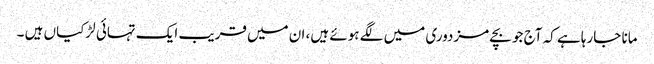
مانا جارہا ہے کہ آج جو بچے مزدوری میں لگے ہوئے ہیں، ان میں قریب ایک تہائی لڑکیاں ہیں ۔